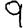
Digit: 9